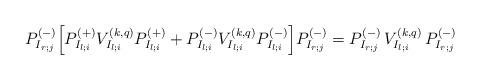
LaTeX: \begin{align*}P^{(-)}_{I_{r;j}}\Big[P^{(+)}_{I_{l;i}}V^{(k,q)}_{I_{l;i}}P^{(+)}_{I_{l;i}}+P^{(-)}_{I_{l;i}}V^{(k,q)}_{I_{l;i}}P^{(-)}_{I_{l;i}}\Big]P^{(-)}_{I_{r;j}}=P^{(-)}_{I_{r;j}}\,V^{(k,q)}_{I_{l;i}}\,P^{(-)}_{I_{r;j}}\end{align*}